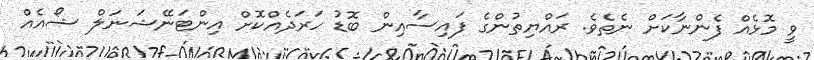
ވީ މޮޅެއް ފެންނާކަށް ނެތެވެ. ރައްޔިތުންގެ ފައިސާއިން ބޮޑު ހަރަދެއްކޮށް އިންޓަނޭޝަނަލް ޝޯއެއް